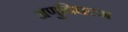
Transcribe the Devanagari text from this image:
अणुविघटन